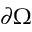
\partial \Omega